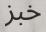
خبز